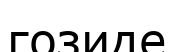
гозиде